King Institute of Preventive Medicine Micro-Biological Section reports 1909-11
Year: 1909
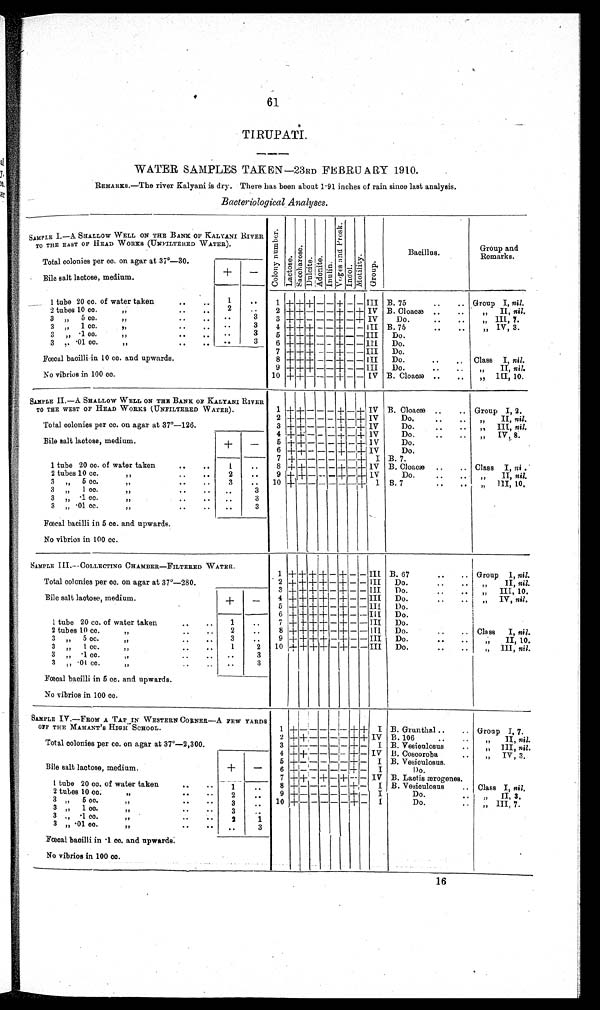
61
TIRUPATI.
WATER SAMPLES TAKEN—23RD FEBRUARY 1910.
REMARKS.—The river Kalyani is dry. There has been about 1·91 inches of rain since last analysis
Bacteriological Analyses.
SAMPLE I.—A SHALLOW WELL ON THE BANK OF KALYANI RIVER
TO THE EAST OF HEAD WORKS (UNFILTERED WATER).
C o l o n y n u mb e r Lactose.
Sa c c ha r os e .
Dul ci t e.Adonite.Inul i m. V o g e s a n d P r o s k . Indol.Mot i l i t y.Group.
Bacillus.
Group and
Remarks.
Total colonies per cc. on agar at 37°—30.
Bile salt lactose, medium.
+
−
1 tube 20 cc. of water taken
1
1 +
+
+ − − +
−
− III B. 75
Group I, nil.
2 tubes 10 cc.
2
2 + + − − − + − + IV B. Cloacæ
,, II, nil.
3 „ 5 cc.
„
3
3 + + − − − + − + IV
Do.
„ III, 7.
3 „ 1 cc. „
3
4 + + + − − + − − III B.75
„ IV, 3.
3 „ ·1 co.
„
3
5 + + + − − + − − III
Do.
3 „ ·01 cc.
„
3
6 + + + − − + − −
I I I Do.
Fœcal bacilli in 10 cc. and upwards.
7 + + + − − + − −
I I I Do.
8 + + + − − + − − III
Do.
Class I, nil.
9 + + + − − + − − III
Do.
,, II, nil.
No vibrios in 100 cc.
10 + + + − − + − − IV B. Cloacæ
,,III, 10.
SAMPLE II.—A SHALLOW WELL ON THE BANK OF KALYANI RIVER
TO THE WEST OF HEAD WORKS (UNFILTERED WATER).
1 + + − − − + − + IV B. Cloacæ
Group I, 2.
Total colonies per cc. on agar at 37°—126.
2 + + − − − + − + IV
Do.
,, II, nil.
3 + + − − − + − + IV
Do.
,, III, nil.
4 + + − − − + − + IV
Do.
,, IV, 8.
Bile salt lactose, medium.
+
−
5 + + − − − + − + 1V
Do.
6 + + − − − + − + IV
Do.
7 + − − − − − − +
I B. 7.
1 tube 20 cc. of water taken
1
8 + + − − − + − + IV B. Cloacæ
Class I, nil .
2 tubes 10 cc. ,,
2
9 + + − − − + − +
I V
Do.
„ II, nil.
3 ,, 5 cc. ,,
3
10 + − − − − − − +
I B. 7
,, III 10.
3 ,, 1 cc. ,,
3
3 ,, ·1 cc. ,,
3
3 ,, ·01 cc. ,,
3
Fœcal bacilli in 5 cc. and upwards.
No vibrios in 100 cc.
SAMPLE III.—COLLECTING CHAMBER—FILTERED WATER.
1
+ +
+
+ − +
− −
III B. 67
Group I, nil.
Total colonies per cc. on agar at 37°—280.
2 + + + + − + − −
III
Do.
,, II, nil.
3 + + + + − + − −
III
Do.
„ III, 10.
Bile salt lactose, medium.
+
−
4 + + + + − + − −
III
Do.
„ IV, nil .
5 + + + + − + − −
III
Do.
6 + + + + − + − − III
Do.
1 tube 20 cc. of water taken
1
7 ++ + + − + − −
I I I
Do.
2 tubes 10 cc. ,,
2
8 + + + + − + − −
I I I
Do.
Class I, nil.
3 ,, 5 cc. ,,
3
9 + + + + − + − −
III
Do.
„ II, 10.
3 ,, 1 cc. ,,
1 2
10+ + + + − + − −
III
Do.
„ III, nil.
3 ,, 1 cc. ,,
3
3 ,, 01 cc. ,,
3
Fœcal bacilli in 5 cc. and upwards.
No vibrios in 100 cc.
SAMPLE IV.—FROM A TAP IN WESTERN CORNER—A FEW YARDS
OFF THE MAHANT'S HIGH − SCHOOL..
1
+ −
−
− − −
+
+
I B. Grunthal
Group I, 7.
2 + + − − − − + +
IV B. 106
,, II, nil.
Total colonies per cc. on agar at 37°—2,300.
3 + − − − − − + −
I B. Vesiculosus
,, III, nil.
4 + + − − − − + −
IV B. Coscoroba
„ I V, 3.
5 + − − − − − + −
I B. Vesiculosus.
Bile salt lactose, medium.
+
−
6 + − − − − − + −
I Do.
7 + + − + − + − −
IV B. Lactis ærogenes.
1 tube 20 cc. of water taken
1
8 + − − − − − + −
I B. Vesiculosus
Class I, nil.
2 tubes 10 cc. ,,
2
9 + − − − − − + −
I
Do.
,, II, 3.
3 ,, 5 cc. ,,
3
10 + − − − − − + −
I
Do.
„ III, 7.
3 ,, 1 cc. ,,
3
3 „ 1 cc. ,,
2
1
3 ,, 01 cc. ,,
3
Fœcal bacilli in 1 cc. and upwards:
No vibrios in 100 cc.
16